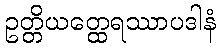
ဥတ္တိယတ္ထေရဿာပဒါနံ